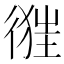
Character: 𢔷